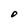
Character: O